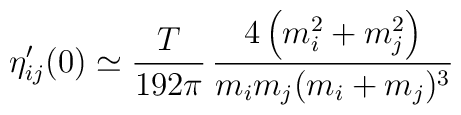
\eta _{ij}^{\prime }(0)\simeq {\frac{T}{192\pi }}\,{\frac{4\left(m_{i}^{2}+m_{j}^{2}\right) }{m_{i}m_{j}(m_{i}+m_{j})^{3}}}